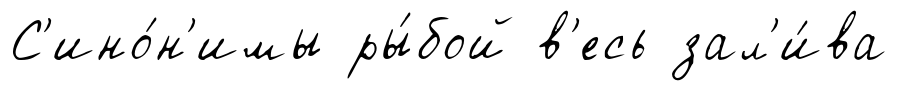
С'ино́н'имы ры́бой в'есь зал'и́ва